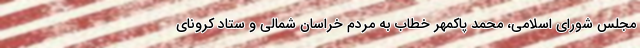
مجلس شورای اسلامی، محمد پاکمهر خطاب به مردم خراسان شمالی و ستاد کرونای